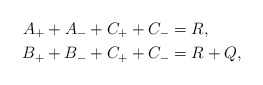
\begin{align*}A_{+}+A_{-}+C_{+}+C_{-}&=R,\\B_{+}+B_{-}+C_{+}+C_{-}&=R+Q,\end{align*}